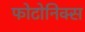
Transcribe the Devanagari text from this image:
फोटोनिक्स